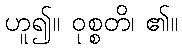
ဟူ၍။ ဝုစ္စတိ၊ ၏။